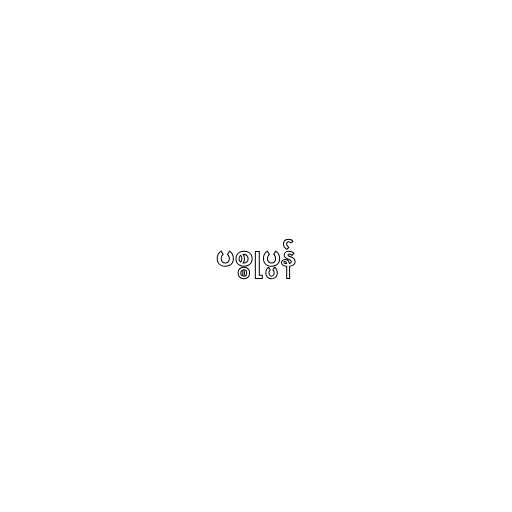
ပစ္စုပ္ပန်